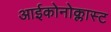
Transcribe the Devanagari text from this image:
आईकोनोक्लास्ट